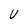
Character: V